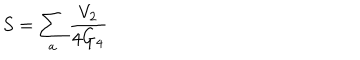
LaTeX: S = \sum _ { a } \frac { V _ { 2 } } { 4 G _ { 4 } }